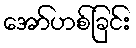
အော်ဟစ်ခြင်း